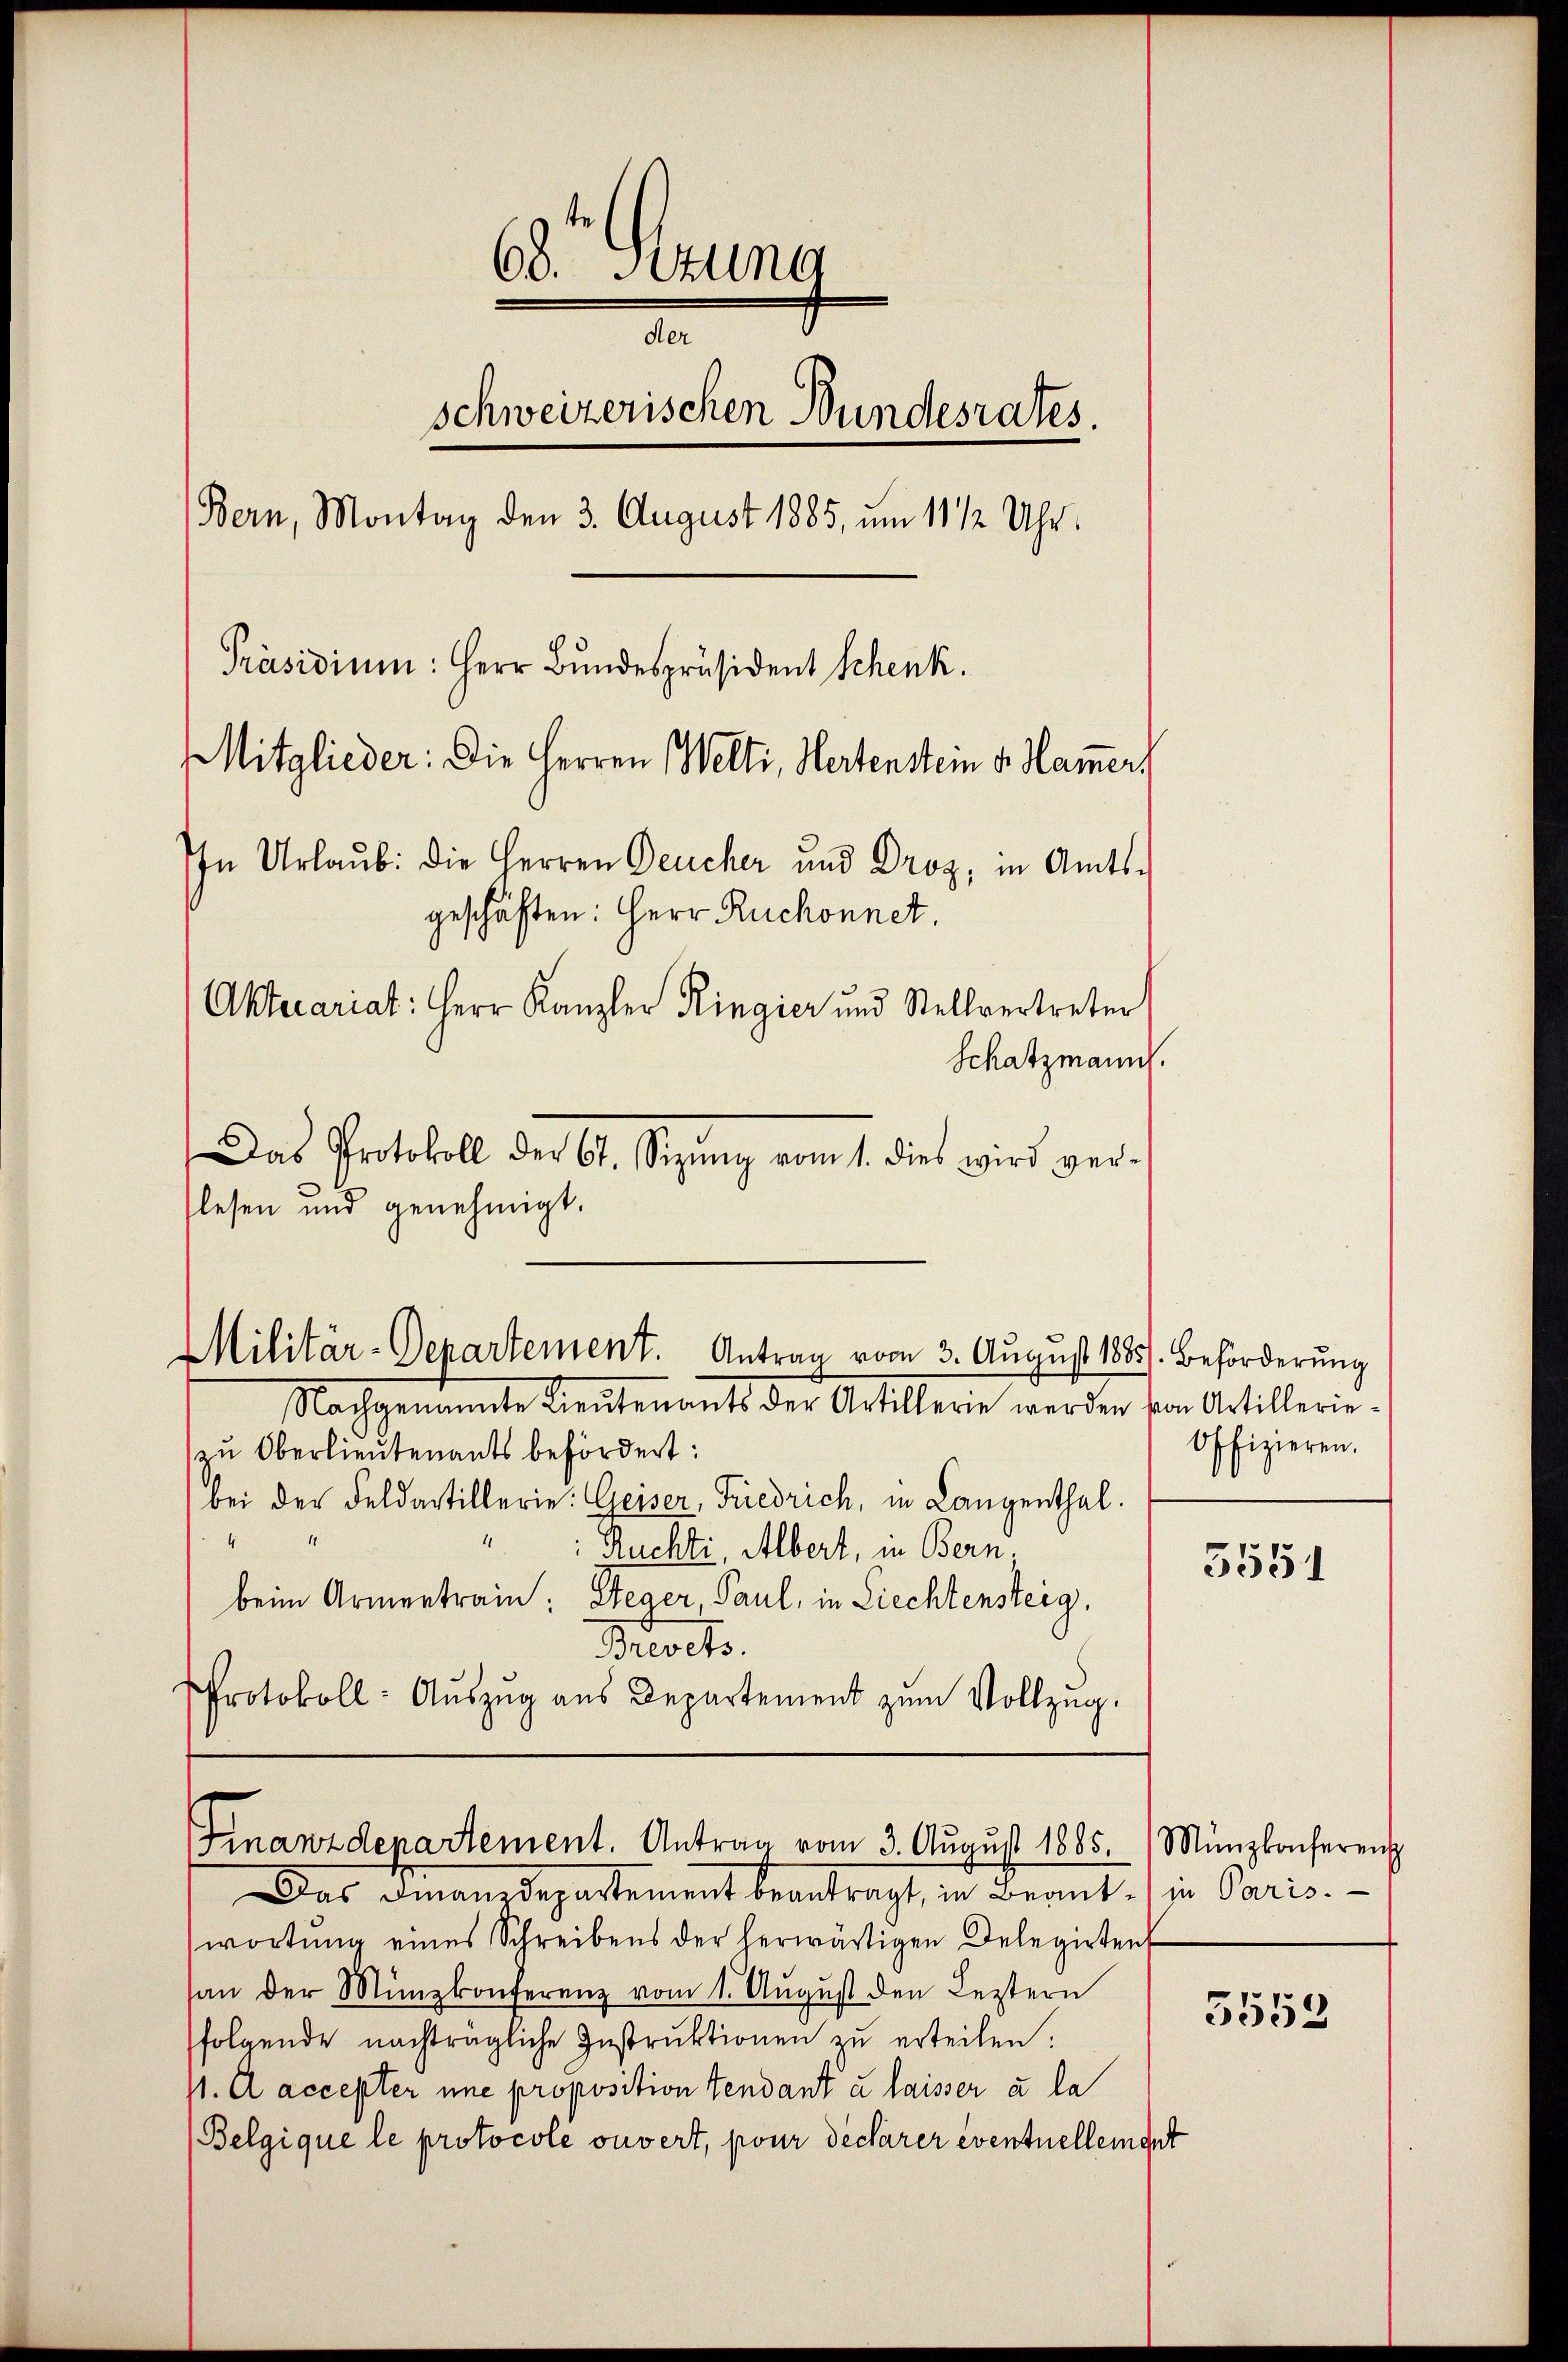
68. Sitzung
d
schweizerischen Bundesrates.
Bern, Montag den 3. August 1885, um 11 1/2 Uhr.
Präsidium: Herr Bundespräsident Schenk.
Mitglieder: Die Herren Welti, Hertenstein v. Hammers
In Urlaub. die Herren Deucher und Droz, in Amts-
geschäften: Herr Ruchonnet.
Aktecariat: Herr Kanzler Ringier und Stellvertreter
Schatzmann.

Das Protokoll der 67. Sizŭng vom 1. dies wird ver-
lesen und genehmigt.

Militär-Departement. Antrag vom 3. August 1885). Beförderung
Nachgenannte Lieutenant der Artillerie werden von Artillerie-

zu Oberlieutenants befördert:
bei der Feldartillerie: Geiser, Friedrich, in Langenthal.
1
A
Ruchti, Albert, in Bern
beim Armentrain: Steger, Paul, in Liechtensteig,
Broits.
Protokoll: Aŭszŭg aŭs Departement zŭm Vollzug.

Finanzdepartement. Antrag vom 3. Aŭgŭst 1885. Münzkonferent

Das V. Departement beantragt, in Beant. in Paris.
wortung eines Schreibens der herwärtigen Delegirtent
san der Münzkonferenz vom 1. August den Leztern
folgende nachträgliche Instrŭktionen zŭ erteilen:
st. A accepter une proposition Gendant u. laisser u. la
Belgique le protocole ouvert, pour déclarer eventuellement

Offizieren.

5551

5553